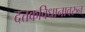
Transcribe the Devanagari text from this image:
दत्तकविधानावरुन